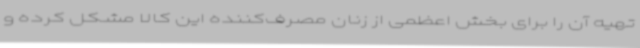
تهیه آن را برای بخش اعظمی از زنان مصرف‌کننده این کالا مشکل کرده و